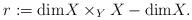
LaTeX: \begin{align*}r: = \mathrm{dim} X \times_YX - \mathrm{dim}X.\end{align*}